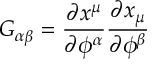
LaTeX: G _ { \alpha \beta } = { \frac { \partial x ^ { \mu } } { \partial \phi ^ { \alpha } } } { \frac { \partial x _ { \mu } } { \partial \phi ^ { \beta } } }